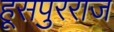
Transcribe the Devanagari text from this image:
हूसपुरराज